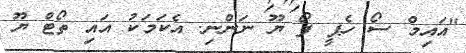
"އައިމް ސޯ ހެޕީ ފޯ ޔޫ ނަންނި. އެކަމަކު އައި ތޯޓް ޔޫ